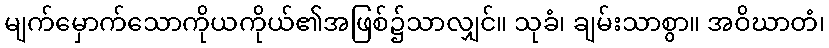
မျက်မှောက်သောကိုယကိုယ်၏အဖြစ်၌သာလျှင်။ သုခံ၊ ချမ်းသာစွာ။ အဝိဃာတံ၊